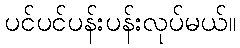
ပင်ပင်ပန်းပန်းလုပ်မယ်။